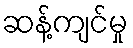
ဆန့်ကျင်မှု